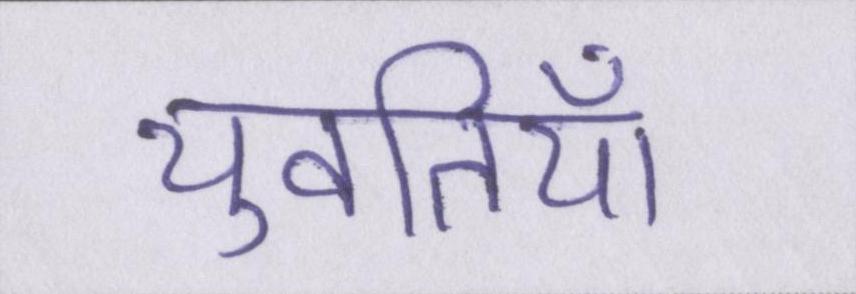
युवतियाँ